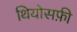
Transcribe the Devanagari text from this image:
थियोसफ़ी